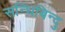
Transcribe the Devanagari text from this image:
सन्धिबिन्दु